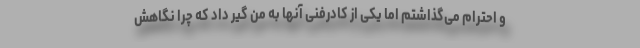
و احترام می‌گذاشتم اما یکی از کادرفنی آنها به من گیر داد که چرا نگاهش